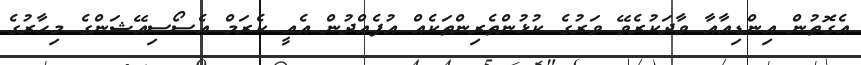
އެގޮތުން އިންޑިއާއާ ވާދަކުރެވޭ ވަރުގެ ކުޅުންތެރިންތަކެއް އުފެއްދުން އެއީ ކެރަމް އެސޯސިއޭޝަންގެ މިހާރުގެ